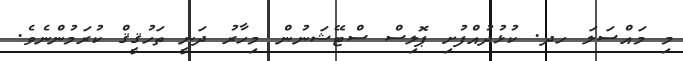
މި މައްސަލަ ހދ. ކުޅުދުއްފުށި ޕޮލިސް ސްޓޭޝަނުން މިހާރު ދަނީ ތަހުޤީޤް ކުރަމުންނެވެ.